Mental hospitals Bombay report 1921-28 - 1921-1928
Year: 1921
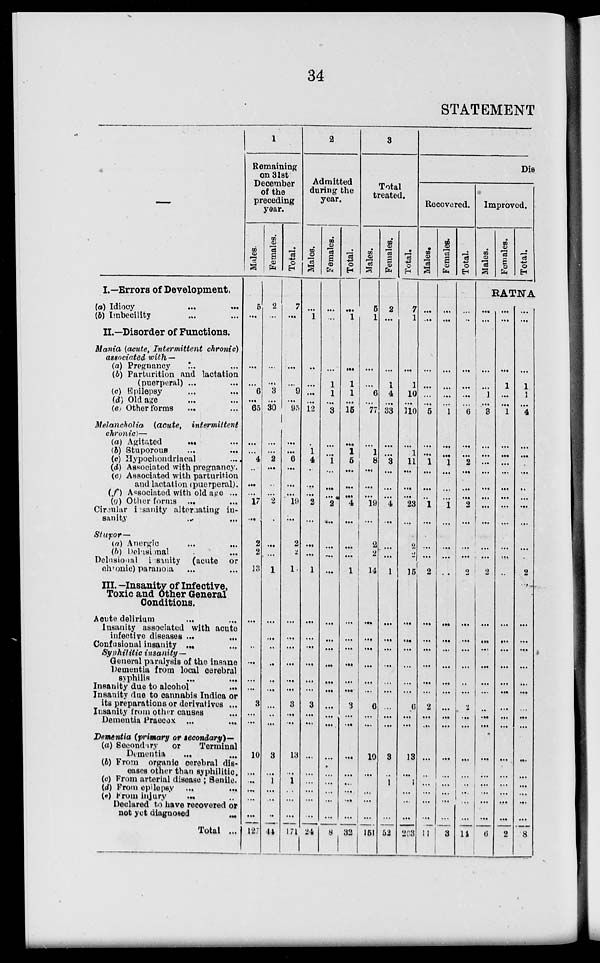
34
STATEMENT
–––—
I.—Errors of Development.
(a) Idiocy
...
...
(b) Imbecility... ...
II.—Disorder of Functions.
Mania (acute, Intermittent chronic)
associated with —
(a) Pregnancy ... ...
(b) Parturition and lactation
(puerperal) ... ...
(c) Epilepsy ... ...
(d) Old age ... ...
(e) Other forms ... ...
Melancholia (acute, intermittent
chronic)—
(a) Agitated ... ...
(b) Stuporous
...
...
(c) Hypochondriacal ...
(d) Associated with pregnancy.
(e) Associated with parturition
and lactation (puerperal).
(f) Associated with old age ...
(g) Other forms ... ...
Circular insanity alternating in-
sanity ... ...
Stupor—
(a) Anergic ... ...
(b) Delusional ... ...
Delusional insanity (acute or
chronic) paranoia ... ...
III.—Insanity of Infective,
Toxic and Other General
Conditions.
Acute delirium ... ...
Insanity associated with acute
infective diseases ... ...
Confusional insanity ... ...
Syphilitic insanity—
General paralysis of the insane
Dementia from local cerebral
syphilis
...
...
Insanity due to alcohol
...
Insanity due to cannabis Indica or
its preparations or derivatives ...
Insanity from other causes ...
Dementia Praecox ... ...
Dementia (primary or secondary)—
(a) Secondiry or
Terminal
Dementia ... ...
(b) From organic cerebral dis-
eases other than syphilitic.
(c) From arterial disease ; Senile.
(d) From epilepsy ... ...
(e) From injury ... ...
Declared to have recovered or
not yet diagnosed
...
Total ...
1
Remaining
on 31st
December
of the
preceding
year.
Males.
5
...
...
...
6
...
65
...
...
4
...
...
...
17
...
2
2
13
...
...
...
...
...
...
3
...
...
10
...
...
...
...
...
127
Females.
2
...
...
...
3
...
30
...
...
2
...
...
...
2
...
...
...
1
...
...
...
...
...
...
...
...
...
3
...
1
...
...
...
44
Total.
7
...
...
...
9
...
95
...
...
6
...
...
...
19
...
2
2
1
...
...
...
...
...
...
3
...
..
13
...
1
...
...
...
171
2
Admitted
during the
year.
Males.
...
1
...
...
...
...
12
...
1
4
...
...
...
2
...
...
...
1
...
...
...
...
...
...
3
...
...
...
...
...
...
...
...
24
Females.
...
...
...
1
1
...
3
...
...
1
...
...
...
2
...
...
...
...
...
...
...
...
...
...
...
...
...
...
...
...
...
...
...
8
Total.
...
1
...
1
1
...
15
...
1
5
...
...
...
4
...
...
...
1
...
...
...
...
...
...
3
...
...
...
...
...
...
...
...
32
3
Total
treated.
Males.
5
1
...
...
6
...
77
...
1
8
...
...
...
19
...
2
2
14
...
...
...
...
...
...
6
...
...
10
...
...
...
...
...
151
Females.
2
...
...
1
4
...
33
...
...
3
...
...
...
4
...
...
...
1
...
...
...
...
...
...
...
...
...
3
...
1
...
...
...
52
Total.
7
1
...
1
10
...
110
...
1
11
...
...
...
23
...
2
2
15
...
...
...
...
...
...
6
...
...
13
...
1
...
...
...
203
Dis
Recovered.
Males.
...
...
...
...
...
...
5
...
...
1
...
...
...
1
...
...
...
2
...
...
...
...
...
...
2
...
...
...
...
...
...
...
...
11
Females.
...
...
...
...
...
...
1
...
...
1
...
...
...
1
...
...
...
...
...
...
...
...
...
...
...
...
...
...
...
...
...
...
...
3
Total.
...
...
...
...
...
...
6
...
...
2
...
...
...
2
...
...
...
2
...
...
...
...
...
...
2
...
...
...
...
...
...
...
...
14
Improved.
Males.
Females.
Total.
RATNA
...
...
...
...
1 ...
3
...
...
...
...
...
...
...
...
...
...
2
...
...
...
...
...
...
...
...
...
...
...
...
...
...
...
6
...
...
...
1
...
...
1
...
...
...
...
...
...
...
...
...
...
...
...
...
...
...
...
...
...
...
...
...
...
...
...
...
...
2
...
...
...
1
1
...
4
...
...
...
...
...
...
...
...
...
2
...
...
...
...
...
...
...
...
...
...
...
...
...
...
...
8